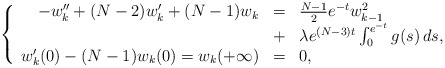
\begin{align*}\left\{ \begin{array}{rcl}-w_k'' + (N-2)w_k' + (N-1)w_k &=& \frac{N-1}{2} e^{-t} w_{k-1}^2 \\&+& \lambda e^{(N-3)t} \int_0^{e^{-t}} g(s) \, ds, \\w_k'(0) - (N-1) w_k(0) = w_k(+\infty) &=& 0,\end{array}\right.\end{align*}